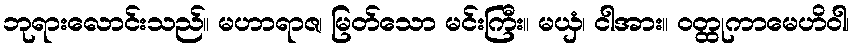
ဘုရားလောင်းသည်။ မဟာရာဇ၊ မြတ်သော မင်းကြီး။ မယှံ၊ ငါအား။ ဝတ္ထုကာမေဟိဝါ၊